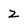
Character: Z